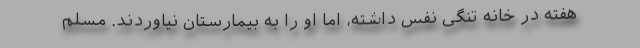
هفته در خانه تنگی نفس داشته، اما او را به بیمارستان نیاوردند. مسلم